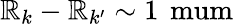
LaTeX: \mathbb{R}_{k}-\mathbb{R}_{k^{\prime}}\sim1\, \mathrm{{\ mum}}